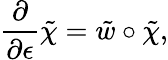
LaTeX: \frac{\partial}{\partial\epsilon}\tilde{\chi}=\tilde{w}\circ\tilde{\chi},